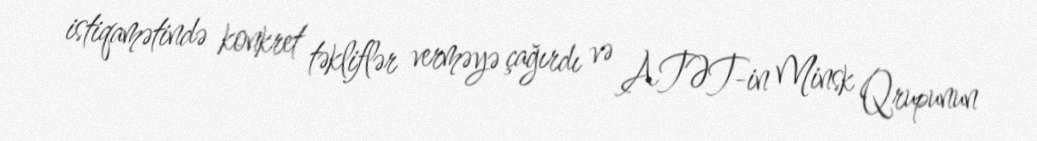
istiqamətində konkret təkliflər verməyə çağırdı və ATƏT-in Minsk Qrupunun